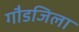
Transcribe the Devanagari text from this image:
गौडजिला